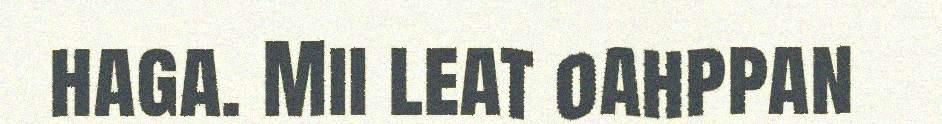
haga. Mii leat oahppan